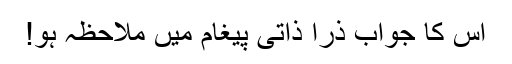
اس کا جواب ذرا ذاتی پیغام میں ملاحظہ ہو!